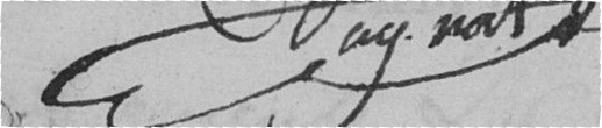
ay not